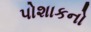
પોશાકનો